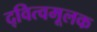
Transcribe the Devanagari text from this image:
द्‍वित्वमूलक